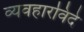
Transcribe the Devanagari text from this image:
व्यवहारविदे